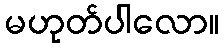
မဟုတ်ပါလော။